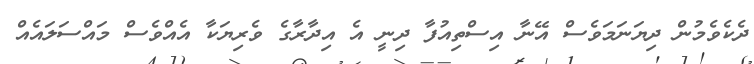
ދެކެވެމުން ދިޔަނަމަވެސް އޭނާ އިސްތިއުފާ ދިނީ އެ އިދާރާގެ ވެރިޔަކާ އެއްވެސް މައްސަލައެއް